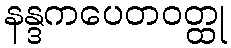
နန္ဒကပေတဝတ္ထု